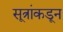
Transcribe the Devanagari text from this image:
सूत्रांकडून